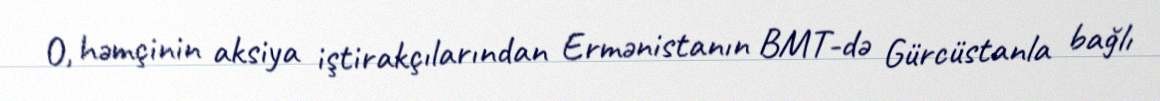
O, həmçinin aksiya iştirakçılarından Ermənistanın BMT-də Gürcüstanla bağlı